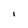
Character: I